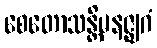
စေတောသန္တိမနဇ္ဈဂံ